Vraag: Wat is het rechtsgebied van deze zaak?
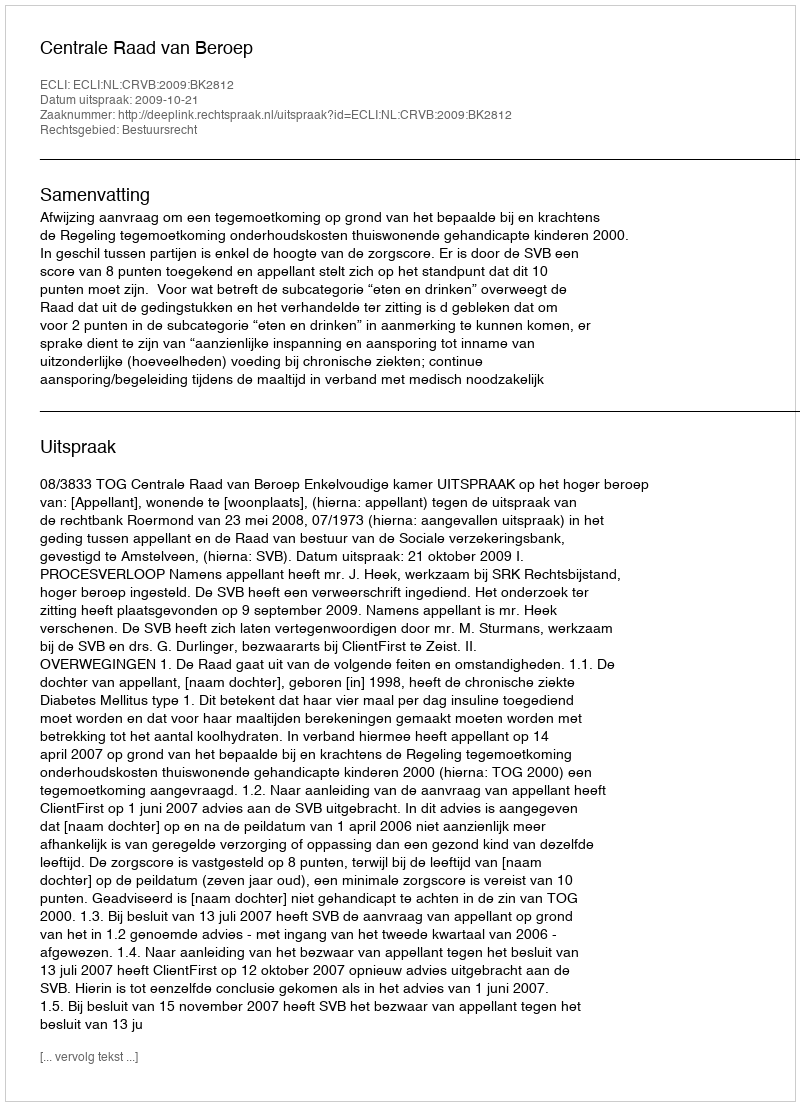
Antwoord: Bestuursrecht